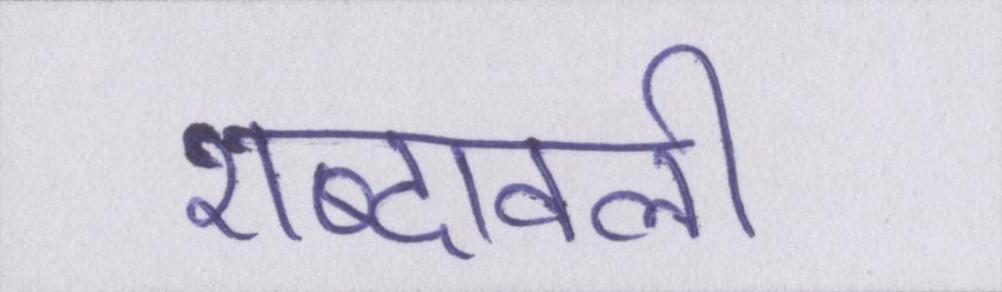
शब्दावली